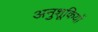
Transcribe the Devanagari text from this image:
अनुशूकियों